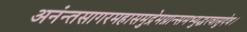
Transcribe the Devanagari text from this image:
अनंन्तसागरमहासमुद्रेमग्नान्समभ्युद्धरवासुदेव।